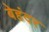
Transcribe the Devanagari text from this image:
बेहंदर